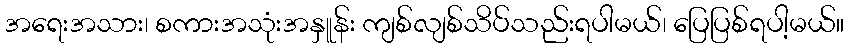
အရေးအသား၊ စကားအသုံးအနှူန်း ကျစ်လျစ်သိပ်သည်းရပါမယ်၊ ပြေပြစ်ရပါ့မယ်။